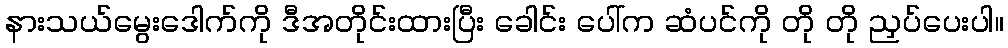
နားသယ်မွေးဒေါက်ကို ဒီအတိုင်းထားပြီး ခေါင်း ပေါ်က ဆံပင်ကို တို တို ညှပ်ပေးပါ။